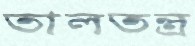
তালতন্ত্র